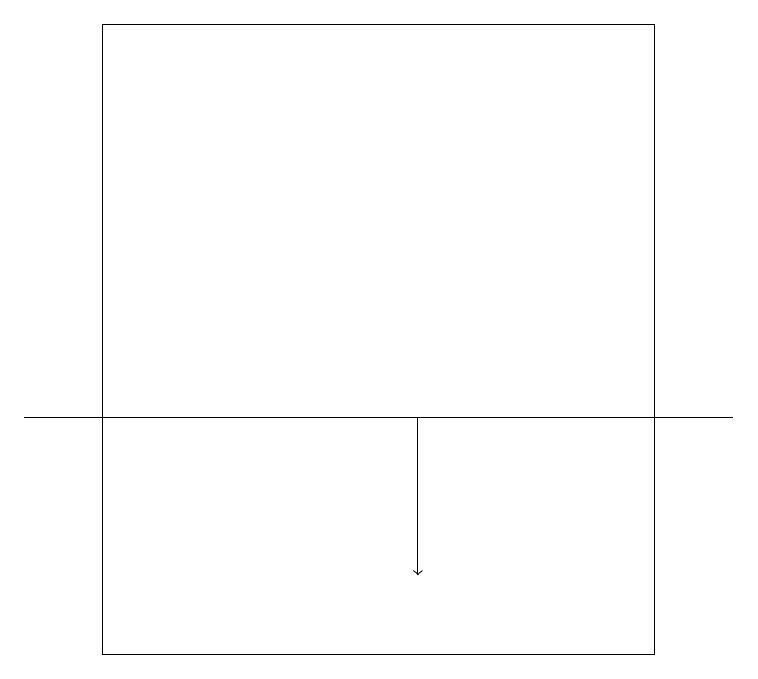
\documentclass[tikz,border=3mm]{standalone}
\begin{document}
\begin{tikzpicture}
\draw[->] (5,14) -- (5,12);
\draw (0,14) rectangle (9,14);
\draw (1,19) rectangle (8,11);
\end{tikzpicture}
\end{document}